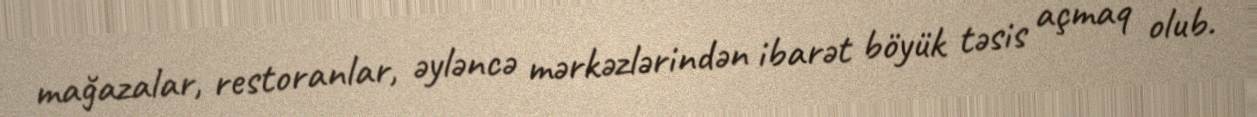
mağazalar, restoranlar, əyləncə mərkəzlərindən ibarət böyük təsis açmaq olub.